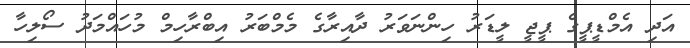
އަދި އެމްޑީޕީގެ ޕީޖީ ލީޑަރު ހިންނަވަރު ދާއިރާގެ މެމްބަރު އިބްރާހިމް މުހައްމަދު ސޯލިހާ